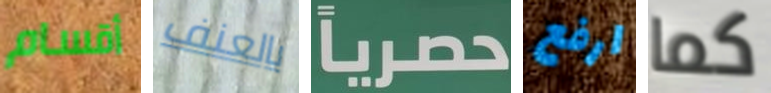
أقسام بالعنف حصرياً ارفع كما